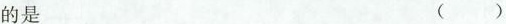
的是 ()